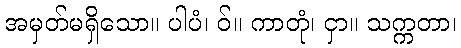
အမှတ်မရှိသော။ ပါပံ၊ ဝ်။ ကာတုံ၊ ငှာ။ သက္ကတာ၊